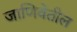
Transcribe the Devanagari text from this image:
जाणिवेतील